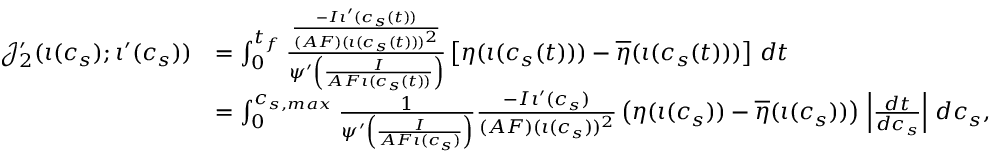
\begin{array} { r l } { \mathcal { J } _ { 2 } ^ { \prime } ( \iota ( c _ { s } ) ; \iota ^ { \prime } ( c _ { s } ) ) } & { = \int _ { 0 } ^ { t _ { f } } \frac { \frac { - I \iota ^ { \prime } ( c _ { s } ( t ) ) } { ( A F ) ( \iota ( c _ { s } ( t ) ) ) ^ { 2 } } } { \psi ^ { \prime } \left( \frac { I } { A F \iota ( c _ { s } ( t ) ) } \right) } \left[ \eta ( \iota ( c _ { s } ( t ) ) ) - \overline { { \eta } } ( \iota ( c _ { s } ( t ) ) ) \right] \, d t } \\ & { = \int _ { 0 } ^ { c _ { s , m a x } } \frac { 1 } { \psi ^ { \prime } \left( \frac { I } { A F \iota ( c _ { s } ) } \right) } \frac { - I \iota ^ { \prime } ( c _ { s } ) } { ( A F ) ( \iota ( c _ { s } ) ) ^ { 2 } } \left( \eta ( \iota ( c _ { s } ) ) - \overline { { \eta } } ( \iota ( c _ { s } ) ) \right) \, \left| \frac { d t } { d c _ { s } } \right| \, d c _ { s } , } \end{array}